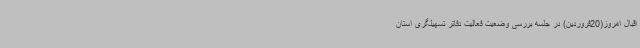
اقبال امروز(20فروردین) در جلسه بررسی وضعیت فعالیت دفاتر تسهیلگری استان